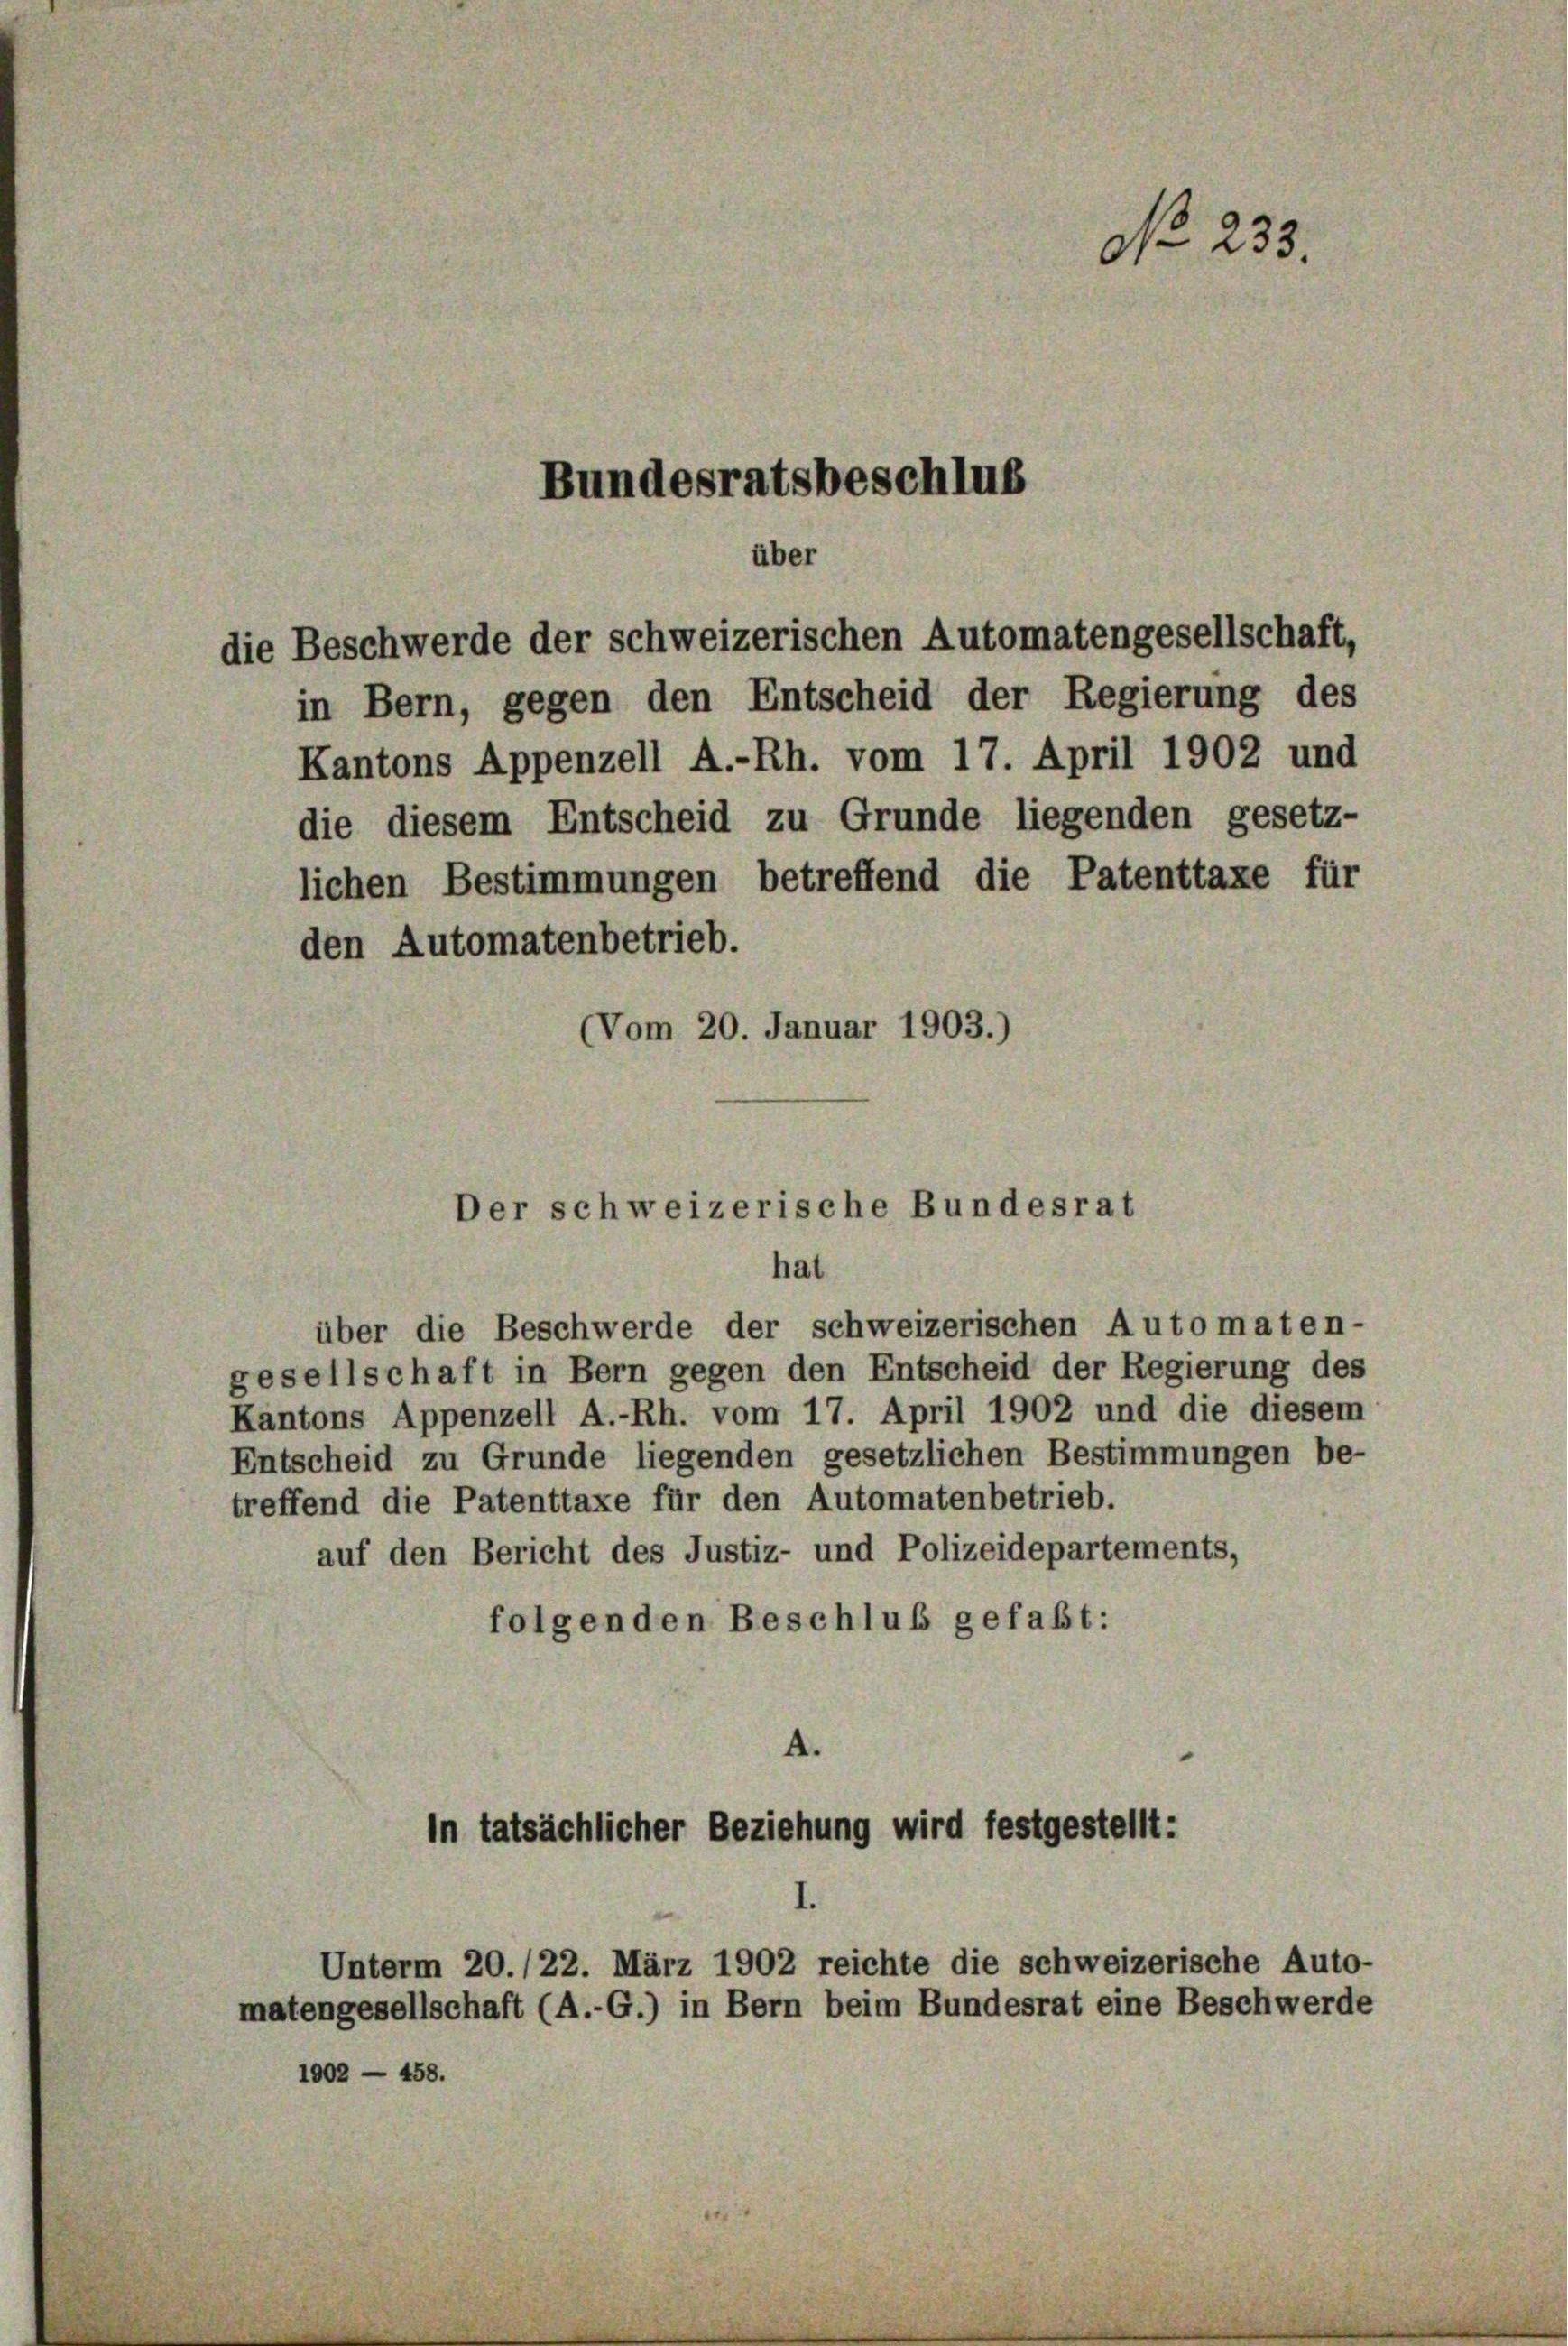
über
die Beschwerde der schweizerischen Automatengesellschaft,

über die Beschwerde der schweizerischen Automaten-
gesellschaft in Bern gegen den Entscheid der Regierung des
Kantons Appenzell A.-Rh. vom 17. April 1902 und die diesem
Entscheid zu Grunde liegenden gesetzlichen Bestimmungen be-
treffend die Patenttaxe für den Automatenbetrieb.
auf den Bericht des Justiz- und Polizeidepartements,
folgenden Beschluß gefaßt:
A.

in Bern, gegen den Entscheid der Regierung des
Kantons Appenzell A.-Rh. vom 17. April 1902 und
die diesem Entscheid zu Grunde liegenden gesetz-
lichen Bestimmungen betreffend die Patenttaxe für
den Automatenbetrieb.
(Vom 20. Januar 1903.)

1002 — 458.

No 233.
Bundesratsbeschlus

in tatsächlicher Beziehung wird festgestellt:

Der schweizerische Bundesrat
hat

Unterm 20./22. März 1902 reichte die schweizerische Auto-
matengesellschaft (A.-G.) in Bern beim Bundesrat eine Beschwerde